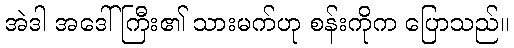
အဲဒါ အဒေါ်ကြီး၏ သားမက်ဟု စန်းကိုက ပြောသည်။